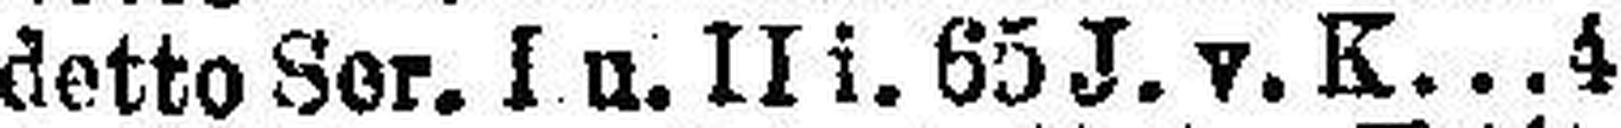
detto Ser. I u. II i. 65 J. v. K 4